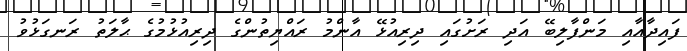
ފައިދާއާއި މަންފާލިބޭ އަދި ރަށުގައި ދިރިއުޅޭ އާންމު ރައްޔިތުންގެ ދިރިއުޅުމުގެ ޙާލަތު ރަނގަޅުވު